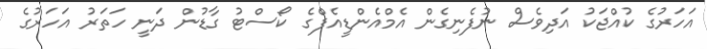
އަހަރުގެ ކުއްޖަކު އަދިވެސް ނުފެނިގެން އެމްއެންޑީއެފްގެ ކޯސްޓު ގާޑުން ދަނީ ހަތަރު އަހަރުގެ